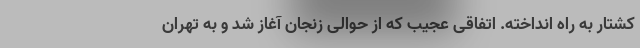
کشتار به راه انداخته. اتفاقی عجیب که از حوالی زنجان آغاز شد و به تهران